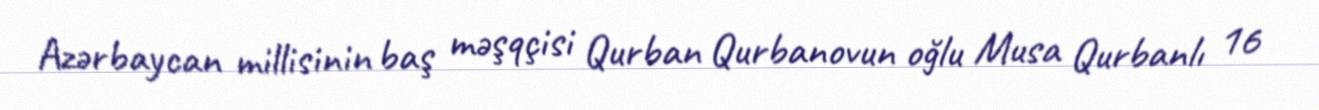
Azərbaycan millisinin baş məşqçisi Qurban Qurbanovun oğlu Musa Qurbanlı 16